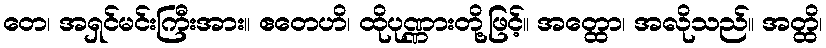
တေ၊ အရှင်မင်းကြီးအား။ ဧတေဟိ၊ ထိုပုဏ္ဏားတို့ဖြင့်။ အတ္ထော၊ အလိုသည်။ အတ္ထိ၊